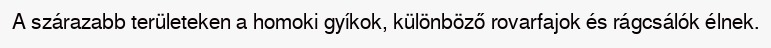
A szárazabb területeken a homoki gyíkok, különböző rovarfajok és rágcsálók élnek.